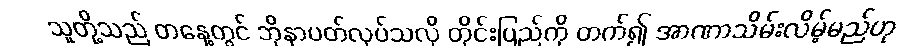
သူတို့သည် တနေ့တွင် ဘိုနာပတ်လုပ်သလို တိုင်းပြည်ကို တက်၍ အာဏာသိမ်းလိမ့်မည်ဟု